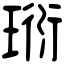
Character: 𤦷